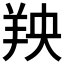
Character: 𫅐